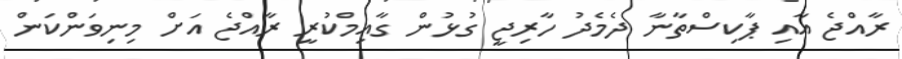
ރާއްޖެ އާއި ޕާކިސްތާނާ ދެމެދު ހާރިޖީ ގުޅުން ގާއިމްކުރީ ރާއްޖެ އަށް މިނިވަންކަން